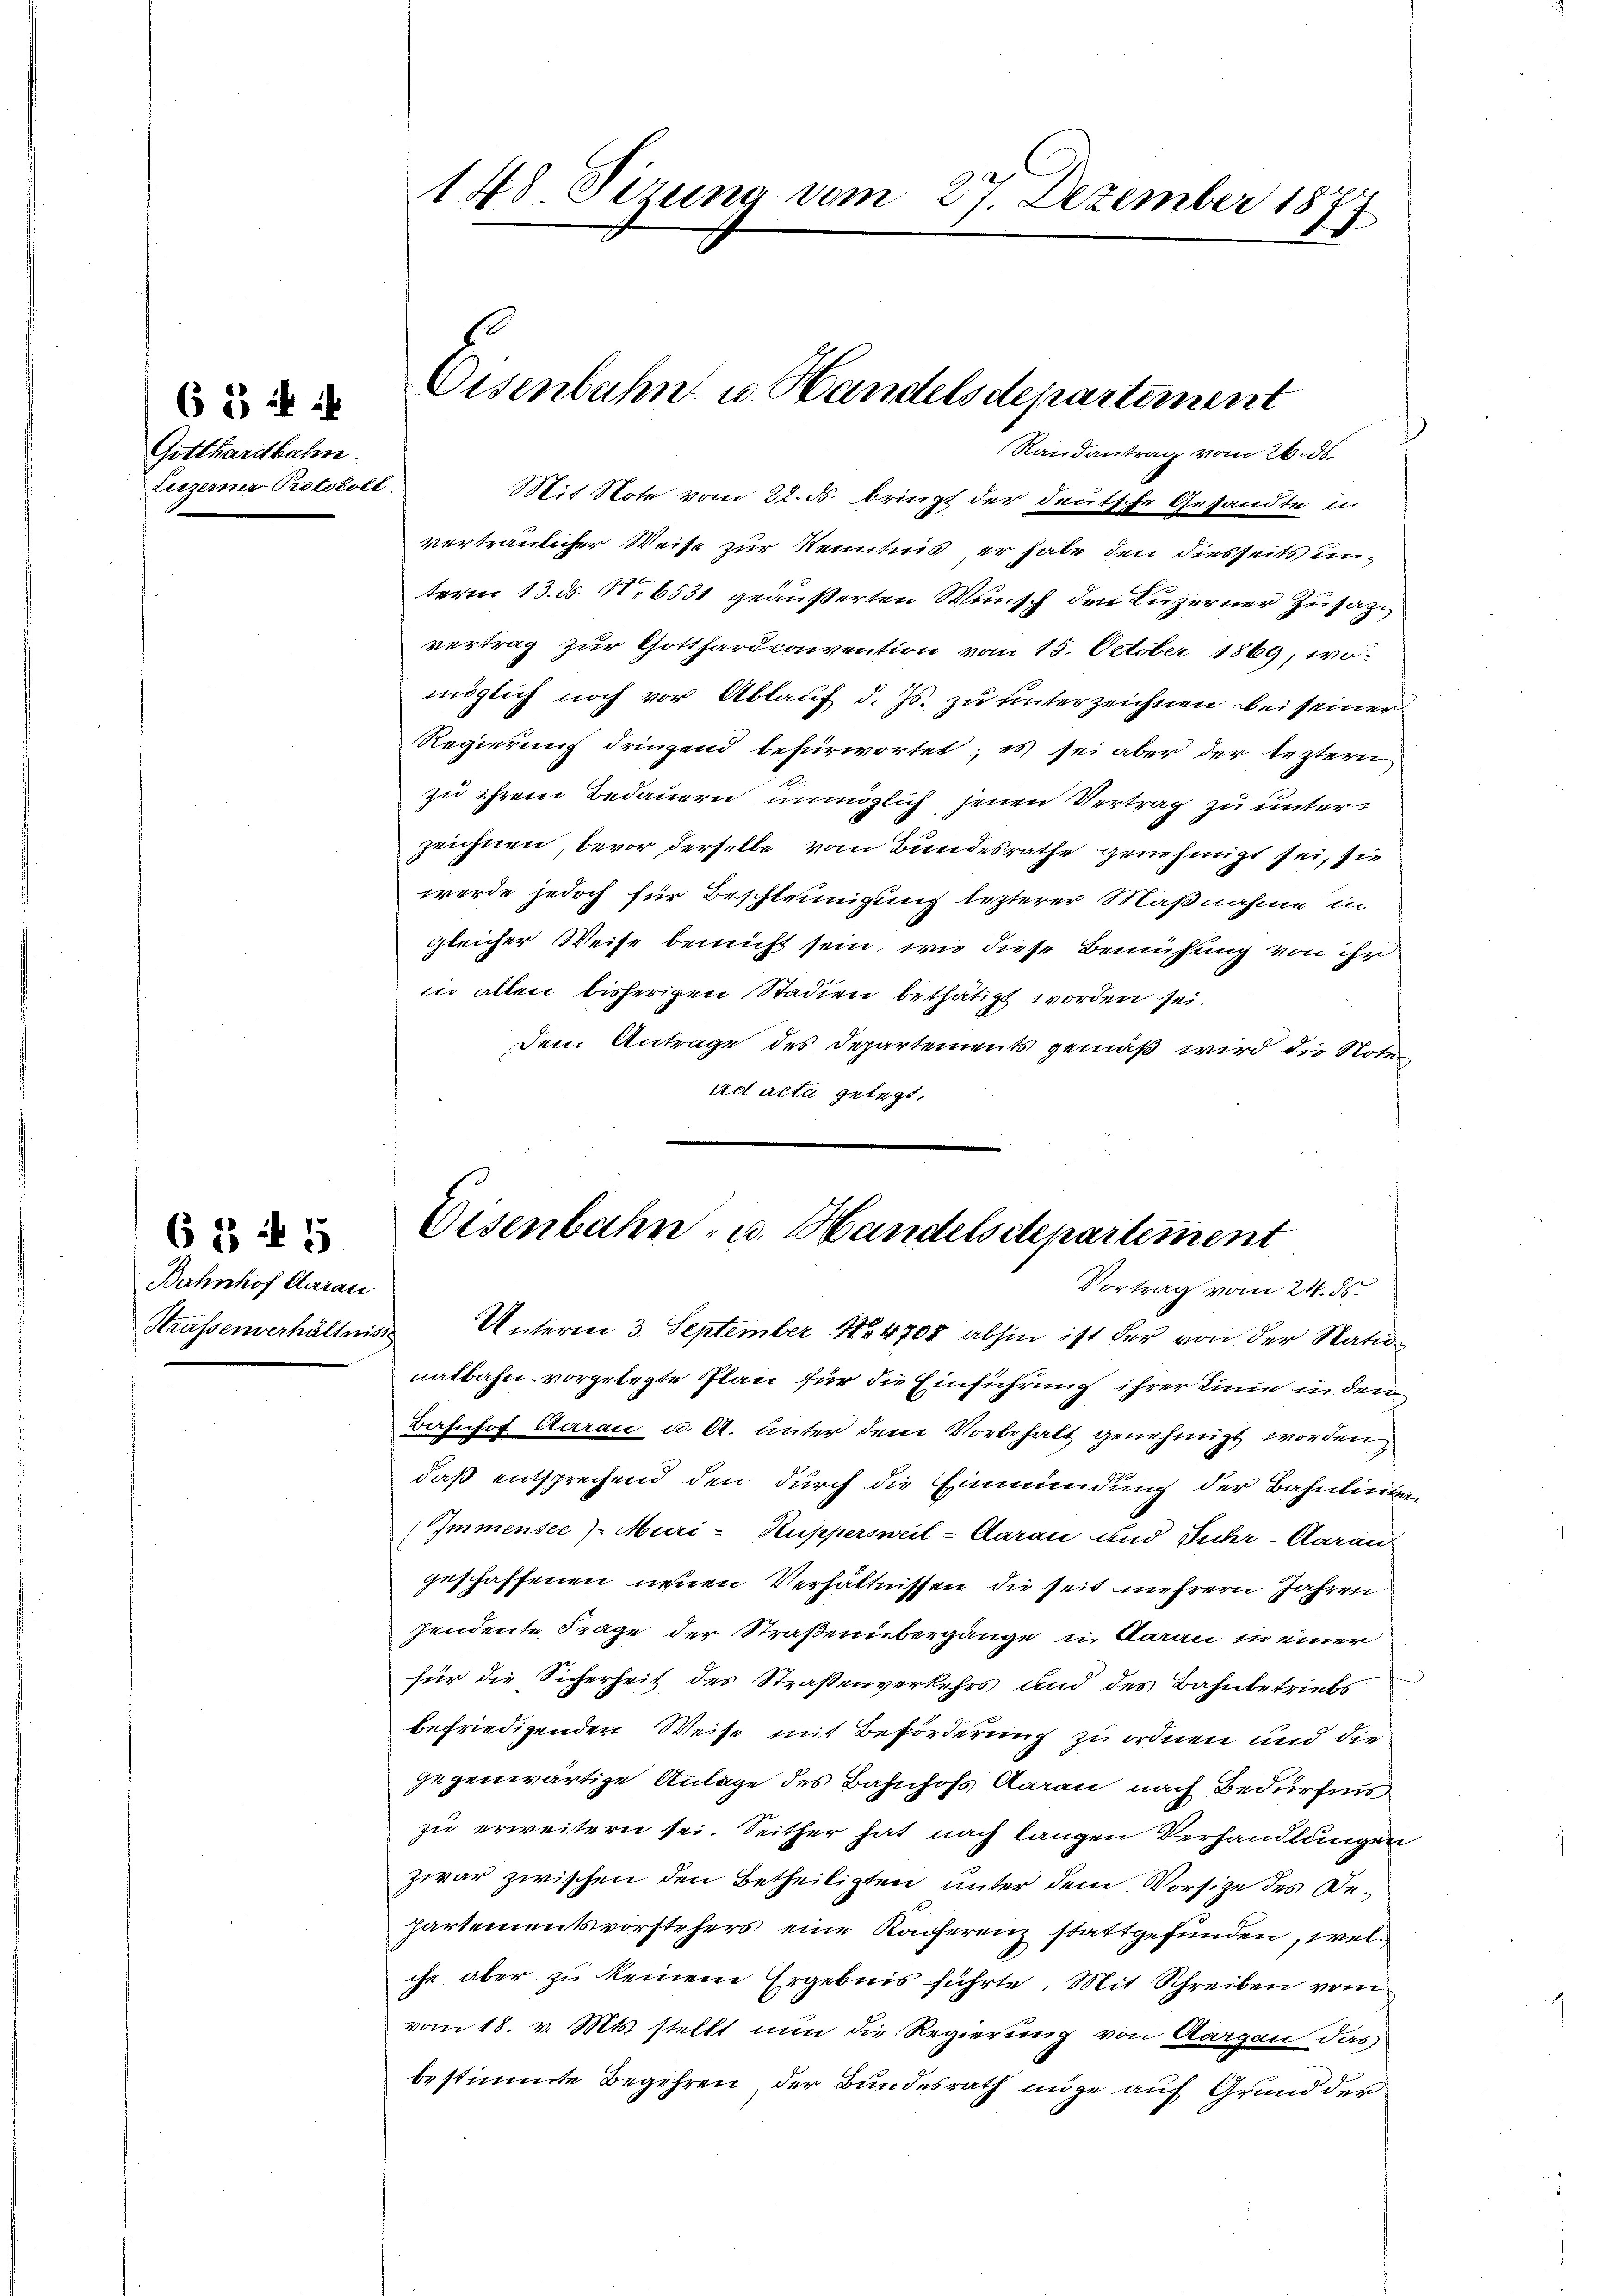
65 i
Gotthardbahn.
Leizerner Protokoll.

6 3 f 5
Bahnhof darau

tis Note vom 22. d. bringt der deutsche Gesandte in
vertraulicher Weise zur Kenntnis, er habe den diesseits unterm 13. ds. 11. 6531 geäußerten Wunsch den Luzerner Zusatze
vertrag zur Gotthardconvention vom 15. October 1869, womöglich noch vor Ablauf d. Js. zu unterzeichnen bei seiner
Regierung dringend befürwortet; es sei aber der leztern
zu ihrem Bedauern unmöglich jenen Vertrag zu unterzeichnen, bevor derselbe vom Bundesrathe genehmigt sei, sie
werde jedoch für Beschleunigung lezterer Maßnahme in
gleicher Weise bemüht sein, wie diese Bemühung von ihr
in allen bisherigen Stadien bethätigt worden sei.
Dem Antrage des Departements gemäß wird die Note
ad acta gelegt.

148. Sezung vom 27. Dezember 1877

Eisenbahn u. Handelsdepartement
Randantrag vom 26. ds.

Eisenbahn- u. Handelsdepartement
Vortrag vom 24. ds.

Strassenverhältniss Unterm 3. September 184708 abhin ist der von der Natio
nalbahn vorgelegte Plan für die Einführung ihrer Linie in den
Bahnhof Aarau u. A. Unter dem Vorbehalt genehmigt worden
daß entsprechend den durch die Einmündung der Bahnlinig
Immensee, Muri-Huppersweil-Aarau und Juhr-Aarau
geschaffenen neuen Verhältnissen die seit mehrern Jahren
sendente Frage der Straßenübergänge u Baran in einer
für die Sicherheit des Straßenverkehrs und des Bahnbetriebs
befriedigenden Weise mit Beförderung zu ordnen und die
gegenwärtige Anlage des Bahnhofs Aarau nach Bedürfnis
zu erweitern sei. Seither hat nach langen Verhandlungen
zwar zwischen den Betheiligten unter dem Vorsitze des Departementsvorstehers eine Konferenz stattgefunden, welihr aber zu keinem Ergebnis führte. Mit Schreiben vom
vom 18. v. Mts. stellt nun die Regierung von Aargau das
bestimmte Begehren der Bundesrath möge auf Grund der